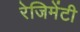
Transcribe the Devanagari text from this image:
रेजिमेंटी